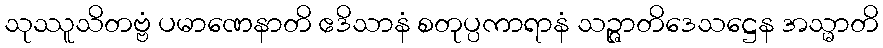
သုဿူသိတဗ္ဗံ ပမာဏေနာတိ ဧဒိသာနံ စတုပ္ပကာရာနံ သဉ္ဇာတိဒေသဋ္ဌေန အသ္မာတိ